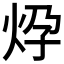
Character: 𱪹